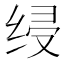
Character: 𰬞